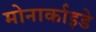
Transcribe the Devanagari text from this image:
मोनार्काइडे